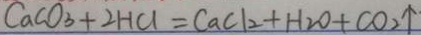
C a C O _ { 3 } + 2 H C l = C a C l _ { 2 } + H _ { 2 } O + C O _ { 2 } \uparrow